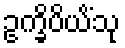
ဥက္ခိပိယိံသု